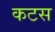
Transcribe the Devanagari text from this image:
कटस